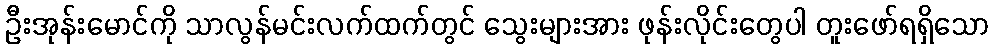
ဦးအုန်းမောင်ကို သာလွန်မင်းလက်ထက်တွင် သွေးများအား ဖုန်းလိုင်းတွေပါ တူးဖော်ရရှိသော